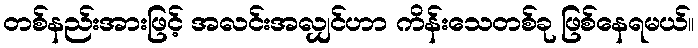
တစ်နည်းအားဖြင့် အလင်းအလျှင်ဟာ ကိန်းသေတစ်ခု ဖြစ်နေရမယ်။